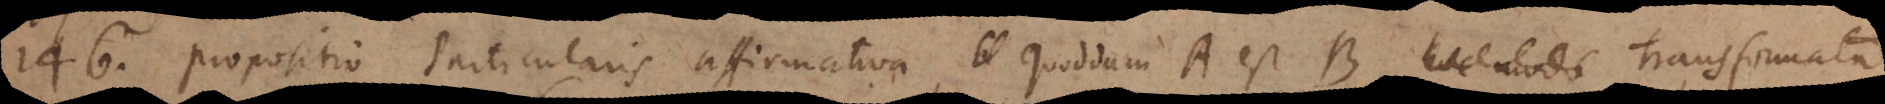
146) Propositio particularis affirmativa, Quoddam A est B hoc modo transformata